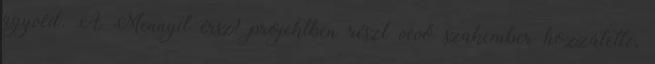
ügyvéd. A Mennyit érsz? projektben részt vevő szakember hozzátette,